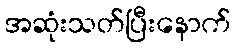
အဆုံးသတ်ပြီးနောက်